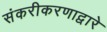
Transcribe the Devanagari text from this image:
संकरीकरणाद्वारे